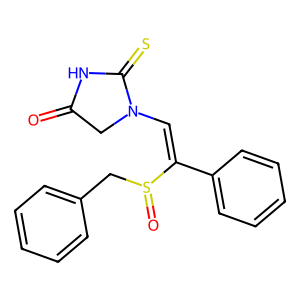
SMILES: O=C1CN(C=C(c2ccccc2)S(=O)Cc2ccccc2)C(=S)N1
Inhibits HIV replication: No